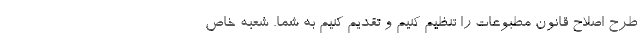
طرح اصلاح قانون مطبوعات را تنظیم کنیم و تقدیم کنیم به شما. شعبه خاص